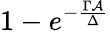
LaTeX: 1-e^{-\frac{\Gamma\mathcal{A}}{\Delta}}